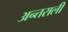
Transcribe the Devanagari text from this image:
अन्तराली